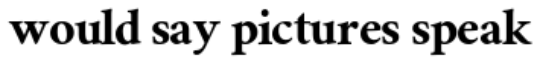
would say pictures speak